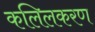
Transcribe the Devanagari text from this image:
कलिलकरण